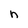
Character: n